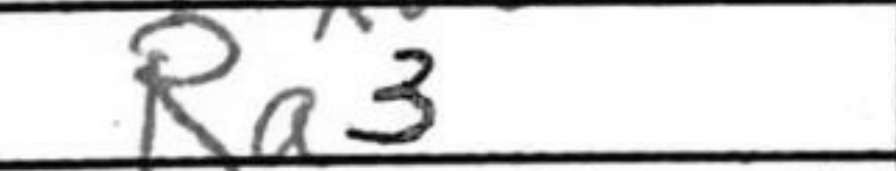
Transcription: Ra3